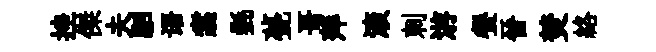
挫傑夫駟语翥㲲甍哥萍滚刺㳺餐晉焚絡